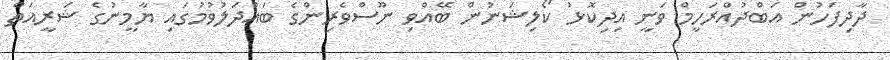
ދާދިފަހުން އަބްދުއްރަހީމް ވަނީ އިދިކޮޅު ކޯލިޝަނުން ބޭއްވި ނޫސްވެރިންގެ ބައްދަލުވުމުގައި ޔާމީނުގެ ޝަރީއަތް